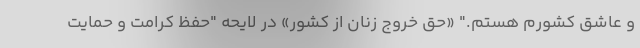
و عاشق کشورم هستم." «حق خروج زنان از کشور» در لایحه "حفظ کرامت و حمایت